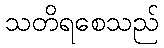
သတိရစေသည်